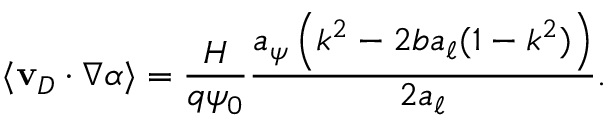
\langle \mathbf { v } _ { D } \cdot \nabla \alpha \rangle = \frac { H } { q \psi _ { 0 } } \frac { a _ { \psi } \left( k ^ { 2 } - 2 b a _ { \ell } ( 1 - k ^ { 2 } ) \right) } { 2 a _ { \ell } } .